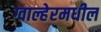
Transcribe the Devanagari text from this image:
ग्वाल्हेरमधील